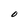
Character: O